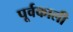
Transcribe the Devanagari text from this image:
पूर्वकाली